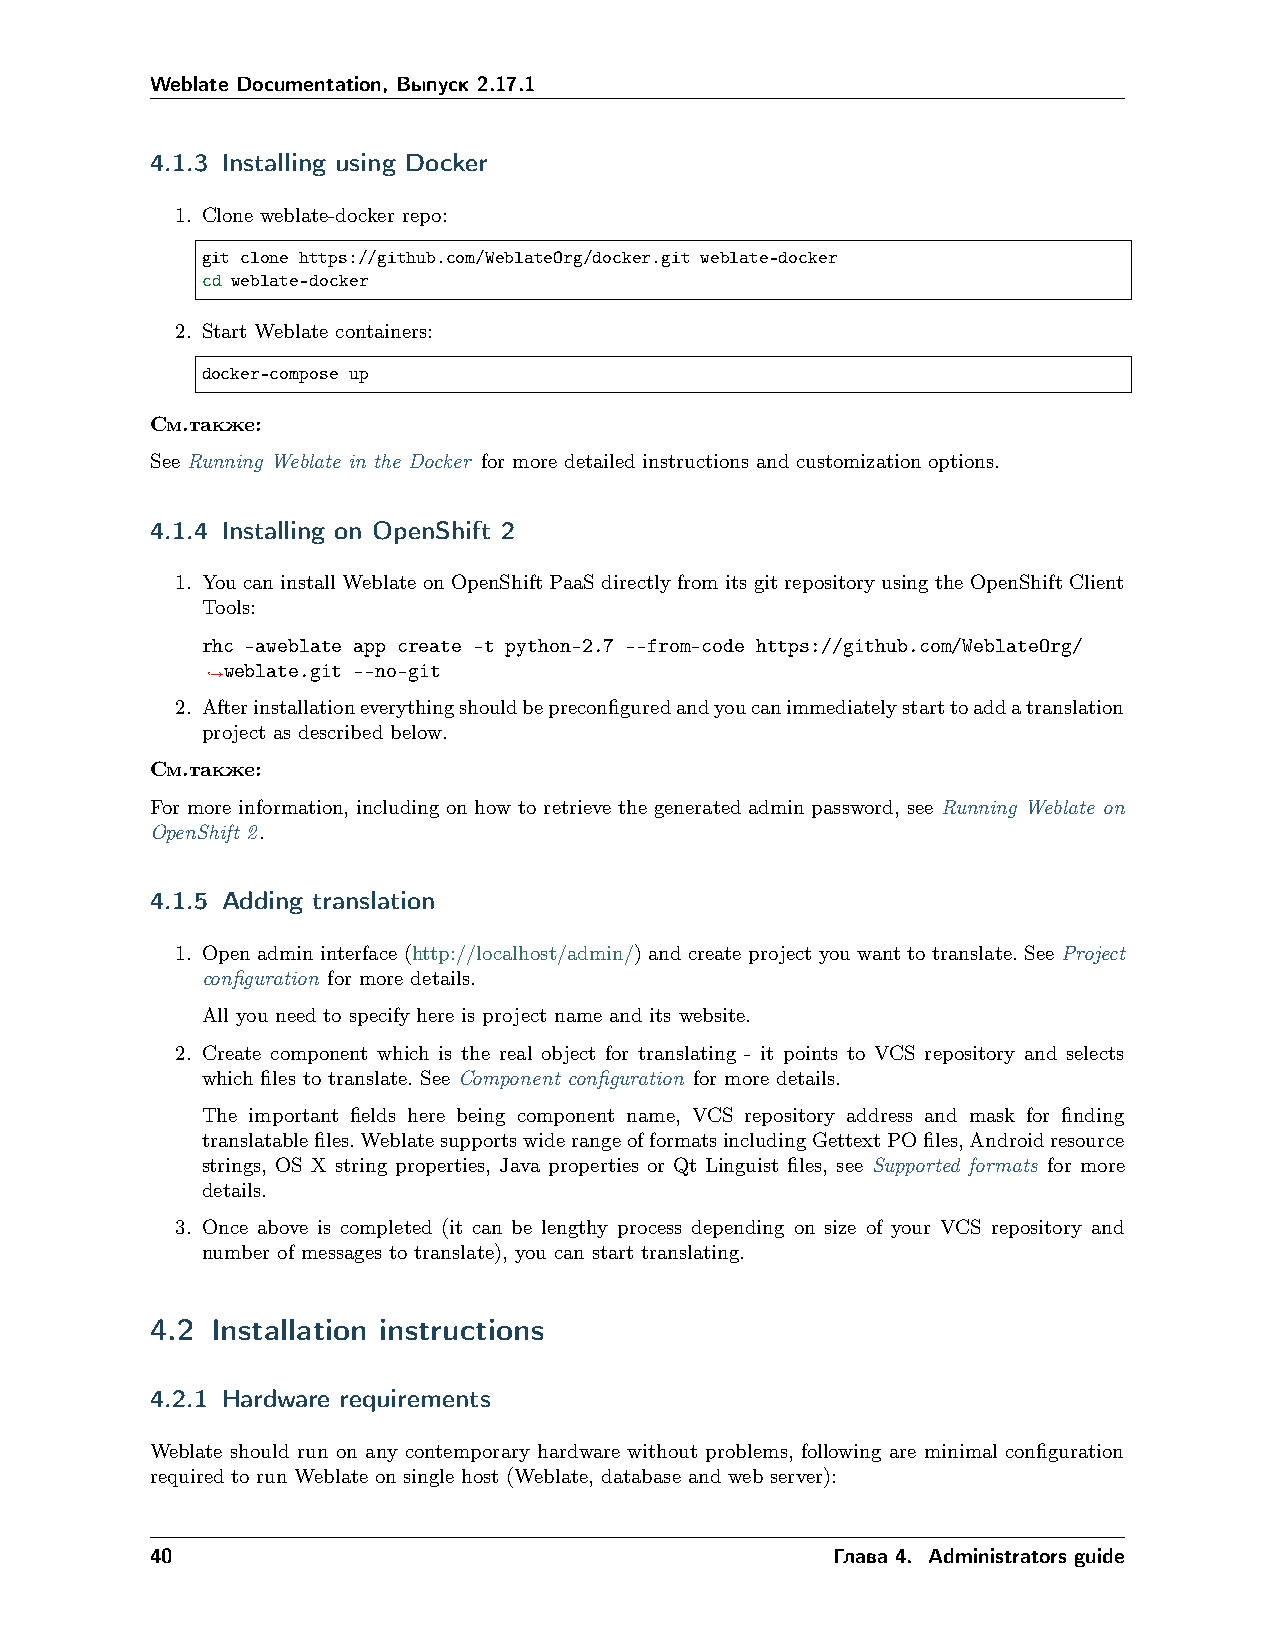
Weblate Documentation, Выпуск 2.17.1
 4.1.3 Installing using Docker
 1. Clone weblate-docker repo:
 git clone https://github.com/WeblateOrg/docker.git weblate-docker
 cd weblate-docker
 2. Start Weblate containers:
 docker-compose up
 См.также:
 See Running Weblate in the Docker for more detailed instructions and customization options.
 4.1.4 Installing on OpenShift 2
 1. You can install Weblate on OpenShift PaaS directly from its git repository using the OpenShift Client
 Tools:
 rhc -aweblate app create -t python-2.7 --from-code https://github.com/WeblateOrg/
 weblate.git --no-git
 ˓→
 2. Afterinstallationeverythingshouldbepreconfiguredandyoucanimmediatelystarttoaddatranslation
 project as described below.
 См.также:
 For more information, including on how to retrieve the generated admin password, see Running Weblate on
 OpenShift 2.
 4.1.5 Adding translation
 1. Open admin interface (http://localhost/admin/) and create project you want to translate. See Project
 configuration for more details.
 All you need to specify here is project name and its website.
 2. Create component which is the real object for translating - it points to VCS repository and selects
 which files to translate. See Component configuration for more details.
 The important fields here being component name, VCS repository address and mask for finding
 translatablefiles.WeblatesupportswiderangeofformatsincludingGettextPOfiles,Androidresource
 strings, OS X string properties, Java properties or Qt Linguist files, see Supported formats for more
 details.
 3. Once above is completed (it can be lengthy process depending on size of your VCS repository and
 number of messages to translate), you can start translating.
 4.2 Installation instructions
 4.2.1 Hardware requirements
 Weblate should run on any contemporary hardware without problems, following are minimal configuration
 required to run Weblate on single host (Weblate, database and web server):
 40                                           Глава 4. Administrators guide